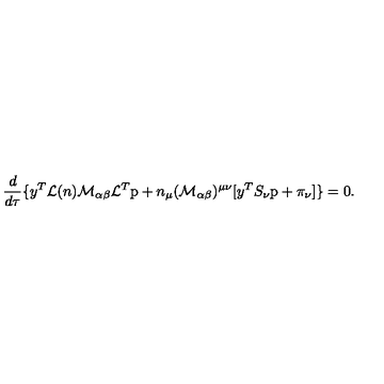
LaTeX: \frac { d } { d \tau } \{ y ^ { T } { \cal L } ( n ) { \cal M } _ { \alpha \beta } { \cal L } ^ { T } \mathrm { p } + n _ { \mu } ( { \cal M } _ { \alpha \beta } ) ^ { \mu \nu } [ y ^ { T } S _ { \nu } \mathrm { p } + \pi _ { \nu } ] \} = 0 .